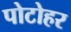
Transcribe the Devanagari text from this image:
पोटोहर